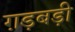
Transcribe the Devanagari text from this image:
ग़ड़बड़ी